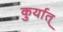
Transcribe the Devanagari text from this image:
कुर्यात्‌